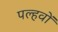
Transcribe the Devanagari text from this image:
पल्हवों